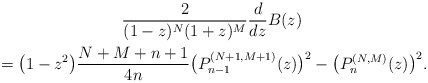
\begin{gather*} \frac{2}{(1-z) ^{N}(1+z) ^{M}}\frac{d}{dz}B(z) \\ {} =\big( 1-z^{2}\big) \frac{N+M+n+1}{4n}\big( P_{n-1}^{( N+1,M+1) }(z) \big) ^{2}-\big( P_{n}^{(N,M) }(z) \big) ^{2}.\end{gather*}